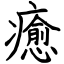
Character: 癒